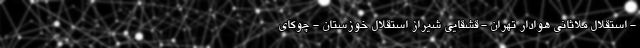
- استقلال ملاثانی هوادار تهران - قشقایی شیراز استقلال خوزستان - چوکای